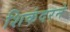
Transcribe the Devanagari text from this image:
शिकंदरने